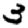
Digit: 3